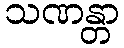
သဏန္တာ